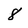
Character: 8